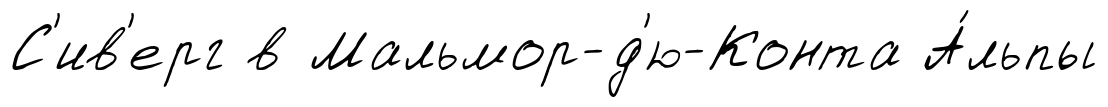
С'ив'ерг в Мальмор-д'ю-Конта А́льпы